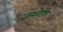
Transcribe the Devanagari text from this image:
वशोण